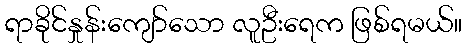
ရာခိုင်နှုန်းကျော်သော လူဦးရေက ဖြစ်ရမယ်။